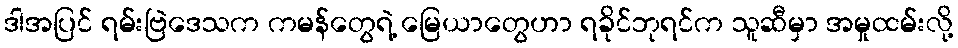
ဒါအပြင် ရမ်းဗြဲဒေသက ကမန်တွေရဲ့ မြေယာတွေဟာ ရခိုင်ဘုရင်က သူဆီမှာ အမှုထမ်းလို့